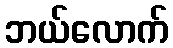
ဘယ်လောက်